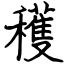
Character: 穫